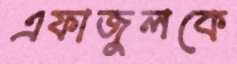
এফাজুলকে